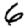
Digit: 6